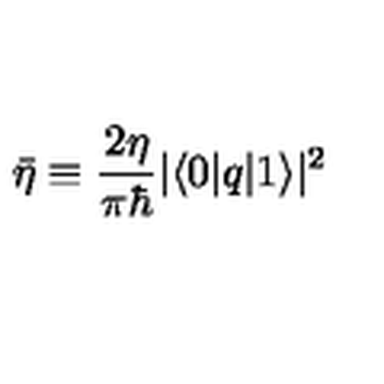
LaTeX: \bar { \eta } \equiv \frac { 2 \eta } { \pi \hbar } | \langle 0 | q | 1 \rangle | ^ { 2 }